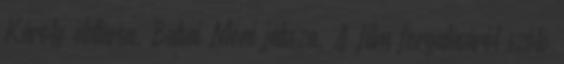
Károly élettársa, Balsai Móni játssza. A film forgatásáról szóló